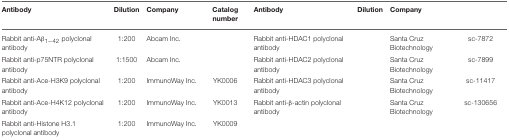
<table><thead><tr><td><b>Antibody</b></td><td><b>Dilution</b></td><td><b>Company</b></td><td><b>Catalog number</b></td><td><b>Antibody</b></td><td><b>Dilution</b></td><td><b>Company</b></td><td>[EMPTY_CELL]</td></tr></thead><tbody><tr><td>Rabbit anti-Aβ<sub>1−42</sub> polyclonal antibody</td><td>1:200</td><td>Abcam Inc.</td><td>[EMPTY_CELL]</td><td>Rabbit anti-HDAC1 polyclonal antibody</td><td>[EMPTY_CELL]</td><td>Santa Cruz Biotechnology</td><td>sc-7872</td></tr><tr><td>Rabbit anti-p75NTR polyclonal antibody</td><td>1:1500</td><td>Abcam Inc.</td><td>[EMPTY_CELL]</td><td>Rabbit anti-HDAC2 polyclonal antibody</td><td>[EMPTY_CELL]</td><td>Santa Cruz Biotechnology</td><td>sc-7899</td></tr><tr><td>Rabbit anti-Ace-H3K9 polyclonal antibody</td><td>1:200</td><td>ImmunoWay Inc.</td><td>YK0006</td><td>Rabbit anti-HDAC3 polyclonal antibody</td><td>[EMPTY_CELL]</td><td>Santa Cruz Biotechnology</td><td>sc-11417</td></tr><tr><td>Rabbit anti-Ace-H4K12 polyclonal antibody</td><td>1:200</td><td>ImmunoWay Inc.</td><td>YK0013</td><td>Rabbit anti-β-actin polyclonal antibody</td><td>[EMPTY_CELL]</td><td>Santa Cruz Biotechnology</td><td>sc-130656</td></tr><tr><td>Rabbit anti-Histone H3.1 polyclonal antibody</td><td>1:200</td><td>ImmunoWay Inc.</td><td>YK0009</td><td>[EMPTY_CELL]</td><td>[EMPTY_CELL]</td><td>[EMPTY_CELL]</td><td>[EMPTY_CELL]</td></tr></tbody></table>